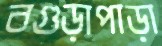
বগুড়াপাড়া